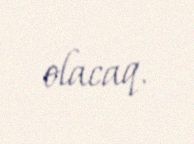
olacaq.